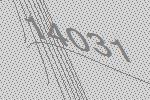
14031